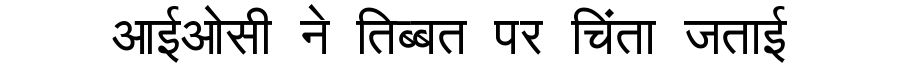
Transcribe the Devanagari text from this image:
आईओसी ने तिब्बत पर चिंता जताई